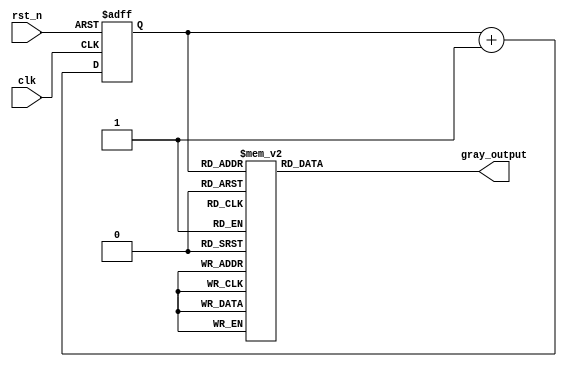
module johnson_gray_counter (
    input rst_n,
    input clk,
    output reg [N-1:0] gray_output
);

parameter N = 4; //set number of bits for counter

reg [N-1:0] counter;

always @ (posedge clk or negedge rst_n) begin
    if (~rst_n) begin
        counter <= 0;
    end else begin
        counter <= counter + 1;
    end
end

always @ (*) begin
    case (counter)
        4'b0000: gray_output = 4'b0000;
        4'b0001: gray_output = 4'b0001;
        4'b0011: gray_output = 4'b0010;
        4'b0010: gray_output = 4'b0011;
        4'b0110: gray_output = 4'b0100;
        4'b0111: gray_output = 4'b0101;
        4'b0101: gray_output = 4'b0110;
        4'b0100: gray_output = 4'b0111;
        4'b1100: gray_output = 4'b1000;
        4'b1101: gray_output = 4'b1001;
        4'b1111: gray_output = 4'b1010;
        4'b1110: gray_output = 4'b1011;
        4'b1010: gray_output = 4'b1100;
        4'b1011: gray_output = 4'b1101;
        4'b1001: gray_output = 4'b1110;
        4'b1000: gray_output = 4'b1111;
        default: gray_output = 4'b0000; //reset to 0 if out of range
    endcase
end

endmodule